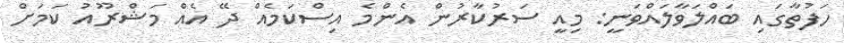
ހަފުތާގައި ބައްލަވާލައްވަނީ: މިއީ ސަރުކާރުން އެންމެ އިސްކަމެއް ދޭ އެއް މަޝްރޫއު ކަމަށް